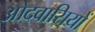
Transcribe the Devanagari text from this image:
ओदवासियों